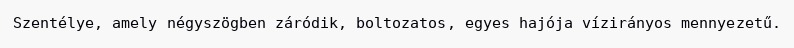
Szentélye, amely négyszögben záródik, boltozatos, egyes hajója vízirányos mennyezetű.